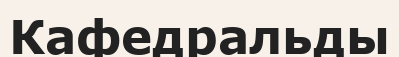
Кафедральды